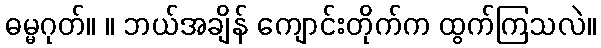
ဓမ္မဂုတ်။ ။ ဘယ်အချိန် ကျောင်းတိုက်က ထွက်ကြသလဲ။